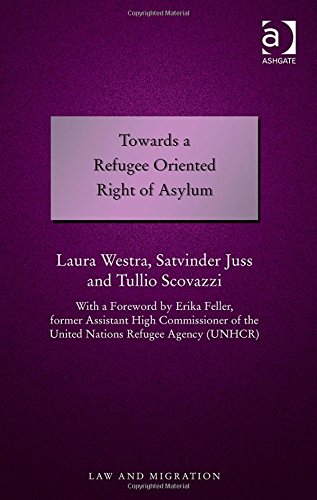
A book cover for Towards a Refugee Oriented Right of Asylum (Law and Migration); Laura Westra; Law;